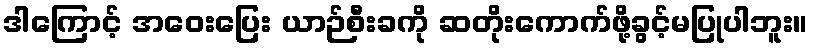
ဒါကြောင့် အဝေးပြေး ယာဉ်စီးခကို ဆတိုးကောက်ဖို့ခွင့်မပြုပါဘူး။